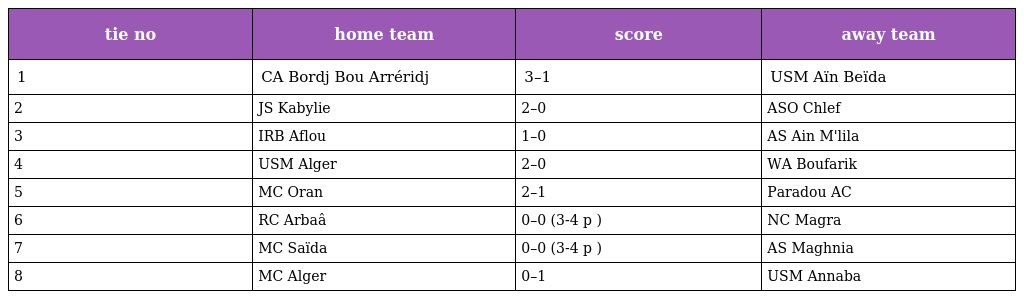
| tie no | home team | score | away team |
 | --- | --- | --- | --- |
 | 1 | CA Bordj Bou Arréridj | 3–1 | USM Aïn Beïda |
 | 2 | JS Kabylie | 2–0 | ASO Chlef |
 | 3 | IRB Aflou | 1–0 | AS Ain M'lila |
 | 4 | USM Alger | 2–0 | WA Boufarik |
 | 5 | MC Oran | 2–1 | Paradou AC |
 | 6 | RC Arbaâ | 0–0 (3-4 p ) | NC Magra |
 | 7 | MC Saïda | 0–0 (3-4 p ) | AS Maghnia |
 | 8 | MC Alger | 0–1 | USM Annaba |